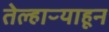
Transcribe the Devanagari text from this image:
तेल्हाऱ्याहून